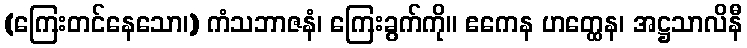
(ကြေးတင်နေသော၊) ကံသဘာဇနံ၊ ကြေးခွက်ကို။ ဧကေန ဟတ္ထေန၊ အဋ္ဌသာလိနီ